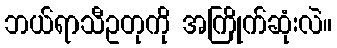
ဘယ်ရာသီဥတုကို အကြိုက်ဆုံးလဲ။